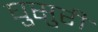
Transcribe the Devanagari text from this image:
घुसुरी